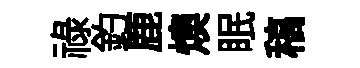
祿釣鹿燠眠稿